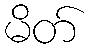
မိတ်